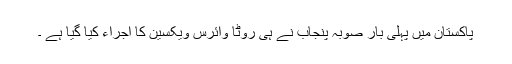
پاکستان میں پہلی بار صوبہ پنجاب نے ہی روٹا وائرس ویکسین کا اجراء کیا گیا ہے ۔